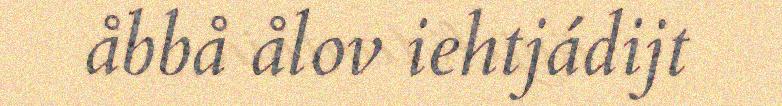
åbbå ålov iehtjádijt